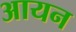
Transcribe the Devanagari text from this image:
अायन